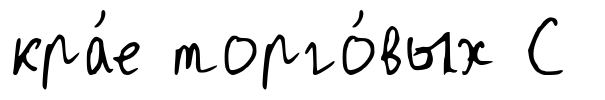
кра́е торго́вых С